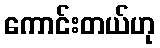
ကောင်းတယ်ဟု